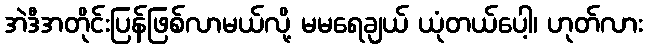
အဲဒီအတိုင်းပြန်ဖြစ်လာမယ်လို့ မမရေချယ် ယုံတယ်ပေါ့၊ ဟုတ်လား